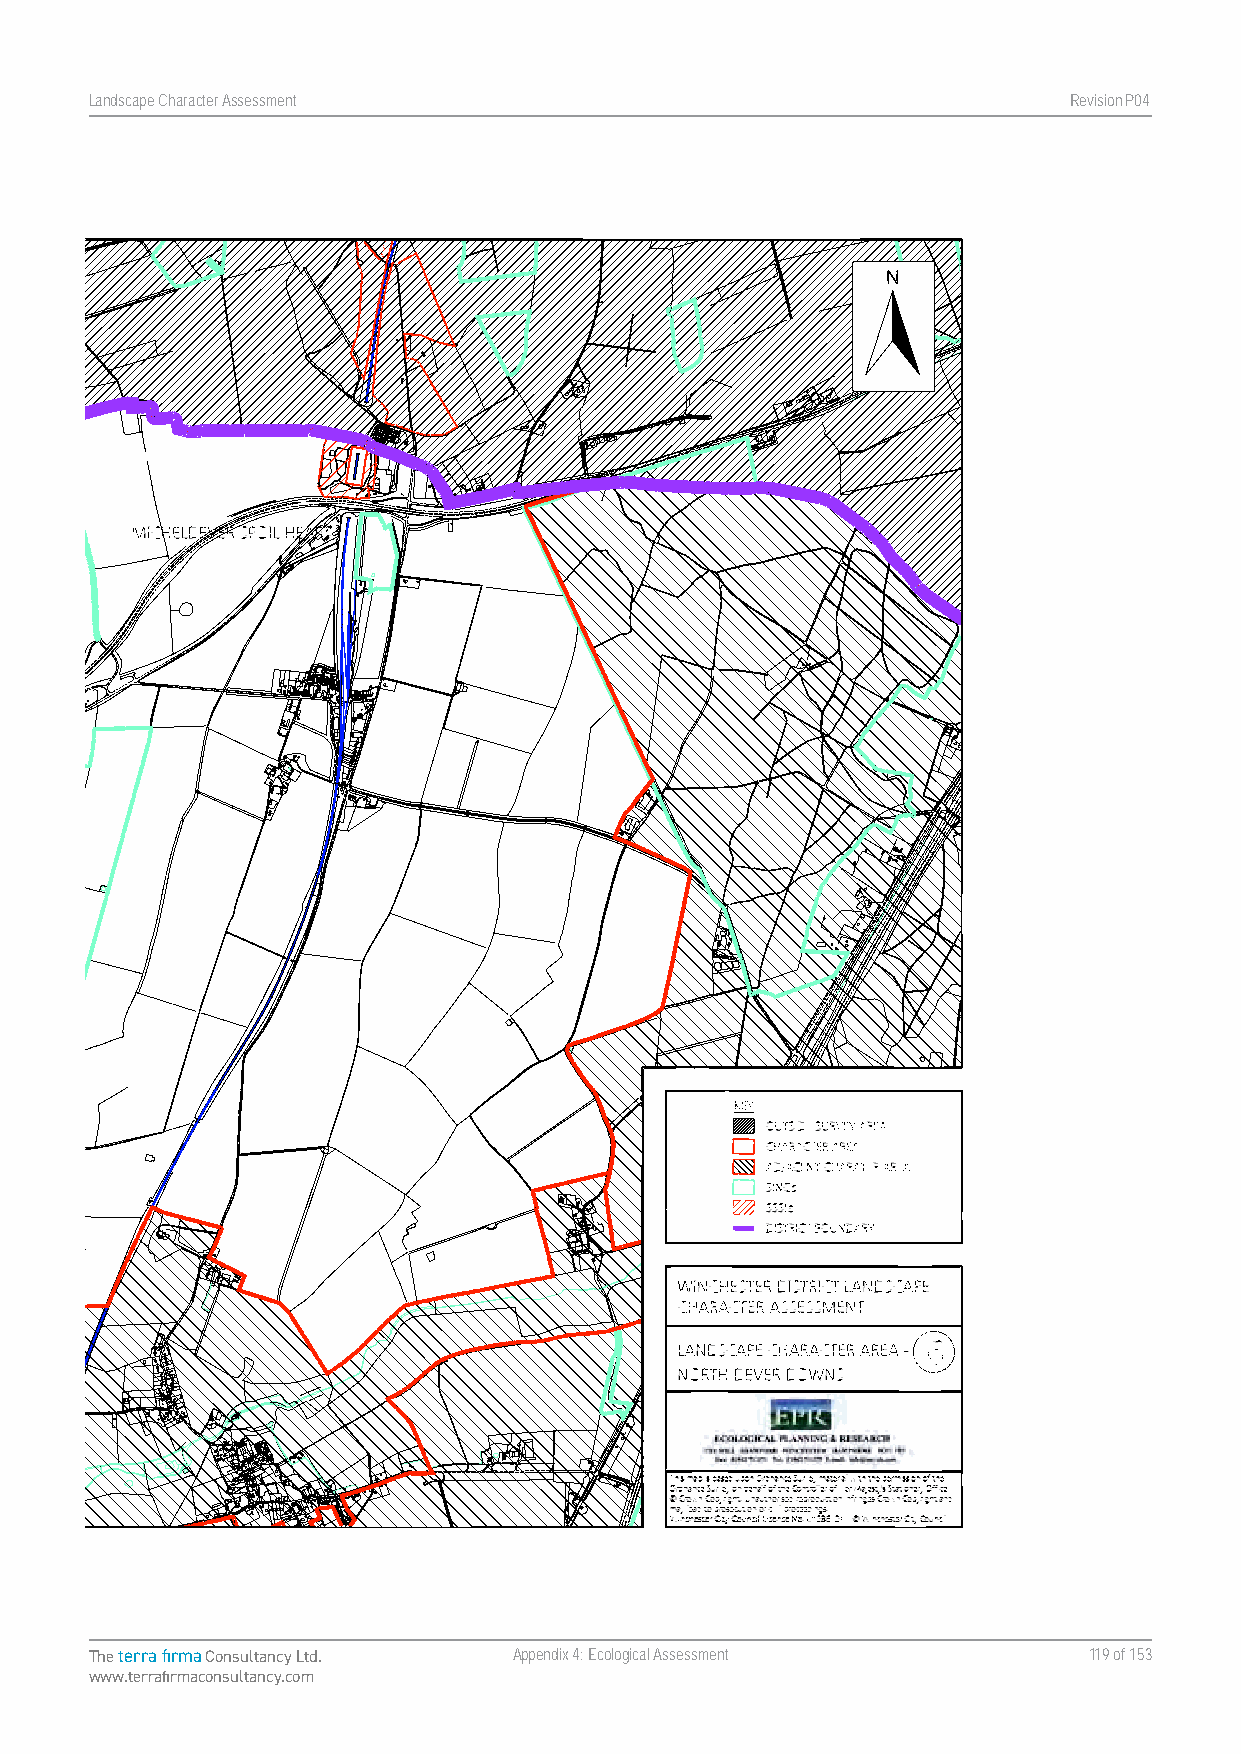
Landscape Character Assessment                                   RevisionP047
 Map 6. Landscape Character Area - North Dever Downs
 Landscape Character Assessment Appendix Four Winchester City Council
 The terra firma Consultancy Ltd. Appendix 4: Ecological Assessment 119 of 153
 www.terrafirmaconsultancy.com